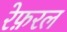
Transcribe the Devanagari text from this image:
रेफ़रल